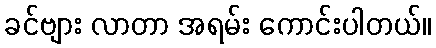
ခင်ဗျား လာတာ အရမ်း ကောင်းပါတယ်။